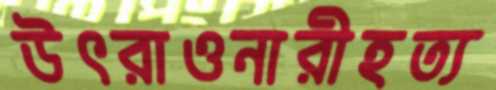
উৎরাওনারীহত্য